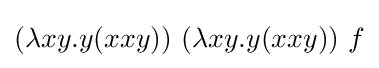
(\lambda xy.y(xxy))\ (\lambda xy.y(xxy))\ f